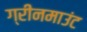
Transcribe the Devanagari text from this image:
ग्रीनमाउंट